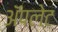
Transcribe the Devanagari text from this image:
अॅपलेट